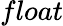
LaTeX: float